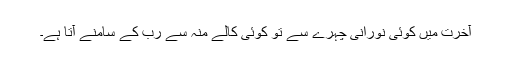
آخرت میں کوئی نورانی چہرے سے تو کوئی کالے منہ سے رب کے سامنے آتا ہے۔